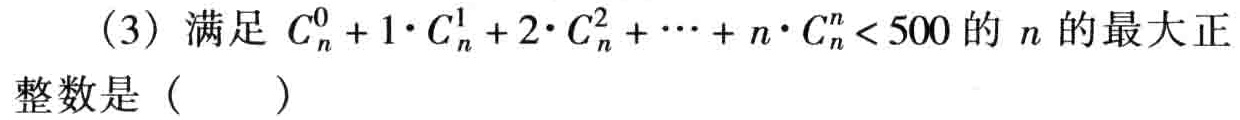
（3）满足 \(C_{n}^{0}+1\cdot C_{n}^{1}+2\cdot C_{n}^{2}+\cdots +n\cdot C_{n}^{n}<500\) 的 \(n\) 的最大正整数是（  ）